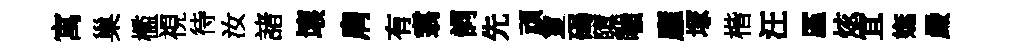
寓巢檻視待汝諸壞肩有翥詞先頑夐碣隳嗤廱塚楷汪厪炫宜嫵嚴